Medical and sanitary report on the native army of Bombay for the year
Year: 1879
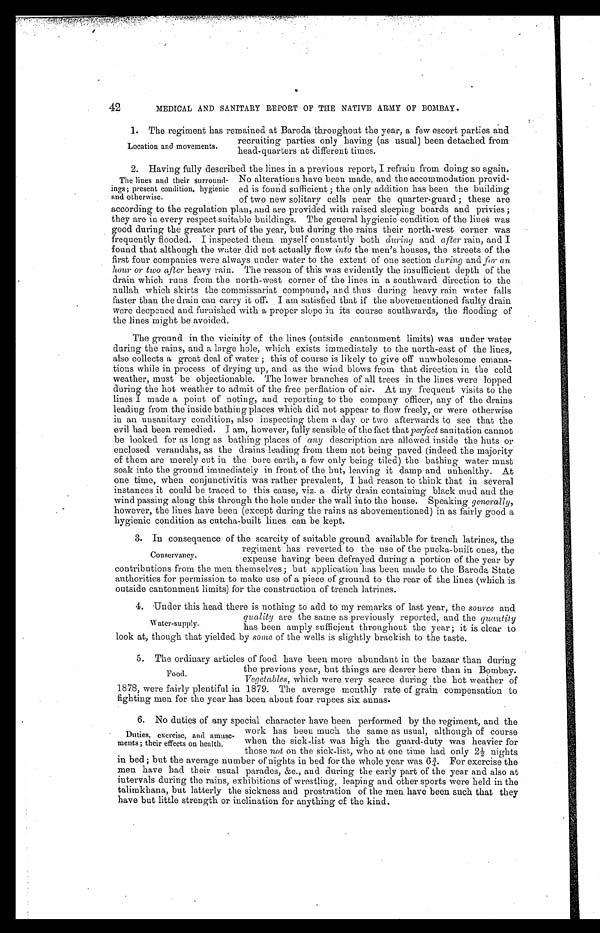
42
MEDICAL AND SANITARY REPORT OF THE NATIVE ARMY OF BOMBAY.
1. The regiment has remained at Baroda throughout the year, a few escort parties and
recruiting parties only having (as usual) been detached from
head-quarters at different times.
2. Having fully described the lines in a previous report, I refrain from doing so again.
No alterations have been made, and the accommodation provid--
ed is found sufficient; the only addition has been the building
of two new solitary cells near the quarter-guard; these are
according to the regulation plan, and are provided with raised sleeping boards and privies;
they are in every respect suitable buildings. The general hygienic condition of the lines was
good during the greater part of the year, but during the rains their north-west corner was
frequently flooded. I inspected them myself constantly both during and after rain, and I
found that although the water did not actually flow into the men's houses, the streets of the
first four companies were always under water to the extent of one section during and for an
hour or two after heavy rain. The reason of this was evidently the insufficient depth of the
drain which runs from the north-west corner of the lines in a southward direction to the
nullah which skirts the commissariat compound, and thus during heavy rain water falls
faster than the drain can carry it off. I am satisfied that if the abovementioned faulty drain
were deepened and furnished with a proper slope in its course southwards, the flooding of
the lines might be avoided.
The ground in the vicinity of the lines (outside cantonment limits) was under water
during the rains, and a large hole, which exists immediately to the north-east of the lines,
also collects a great deal of water; this of course is likely to give off unwholesome emana-
tions while in process of drying up, and as the wind blows from that direction in the cold
weather, must be objectionable. The lower branches of all trees in the lines were lopped
during the hot weather to admit of the free perflation of air. At my frequent visits to the
lines I made a point of noting, and reporting to the company officer, any of the drains
leading from the inside bathing places which did not appear to flow freely, or were otherwise
in an unsanitary condition, also inspecting them a day or two afterwards to see that the
evil had been remedied. I am, however, fully sensible of the fact that perfect sanitation cannot
be looked for as long as bathing places of any description are allowed inside the huts or
enclosed verandahs, as the drains leading from them not being paved (indeed the majority
of them are merely cut in the bare earth, a few only being tiled) the bathing water must
soak into the ground immediately in front of the hut, leaving it damp and unhealthy. At
one time, when conjunctivitis was rather prevalent, I had reason to think that in several
instances it could be traced to this cause, viz. a dirty drain containing black mud and the
wind passing along this through the hole under the wall into the house. Speaking generally,
however, the lines have been (except during the rains as abovementioned) in as fairly good a
hygienic condition as cutcha-built lines can be kept.
3. In consequence of the scarcity of suitable ground available for trench latrines, the
regiment has reverted to the use of the pucka-built ones, the
expense having been defrayed during a portion of the year by
contributions from the men themselves; but application has been made to the Baroda State
authorities for permission to make use of a piece of ground to the rear of the lines (which is
outside cantonment limits) for the construction of trench latrines.
4. Under this head there is nothing to add to my remarks of last year, the source and
quality are the same as previously reported, and the quantity
has been amply sufficient throughout the year; it is clear to
look at, though that yielded by some of the wells is slightly brackish to the taste.
5. The ordinary articles of food have been more abundant in the bazaar than during
the previous year, but things are dearer here than in Bombay.
Vegetables, which were very scarce during the hot weather of
1878, were fairly plentiful in 1879. The average monthly rate of grain compensation to
fighting men for the year has been about four rupees six annas.
6. No duties of any special character have been performed by the regiment, and the
work has been much the same as usual, although of course
when the sick-list was high the guard-duty was heavier for
those not on the sick-list, who at one time had only 2½ nights
in bed; but the average number of nights in bed for the whole year was 6¾. For exercise the
men have had their usual parades, &c., and during the early part of the year and also at
intervals during the rains, exhibitions of wrestling, leaping and other sports were held in the
talimkhana, but latterly the sickness and prostration of the men have been such that they
have but little strength or inclination for anything of the kind.
Location and movements.
The lines and their surround--
ings; present condition, hygienic
and otherwise.
Conservancy.
Water-supply.
Food.
Duties, exercise, and amuse-
ments; their effects on health.